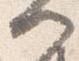
門